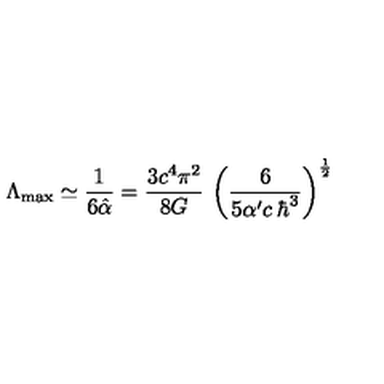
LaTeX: \Lambda _ { \max } \simeq \frac { 1 } { 6 \hat { \alpha } } = \frac { 3 c ^ { 4 } \pi ^ { 2 } } { 8 G } \: \left( \frac { 6 } { 5 \alpha ^ { \prime } c \: \hbar ^ { 3 } } \right) ^ { \frac { 1 } { 2 } }